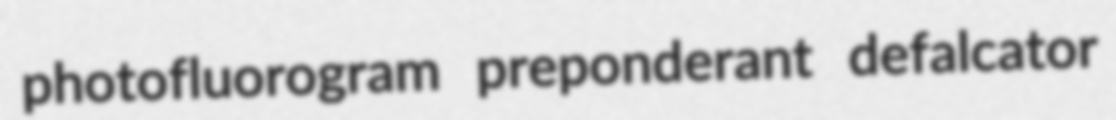
photofluorogram preponderant defalcator